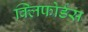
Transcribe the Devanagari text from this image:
क्लिफोर्डस